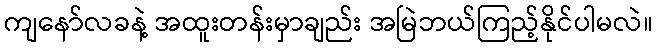
ကျနော်လခနဲ့ အထူးတန်းမှာချည်း အမြဲဘယ်ကြည့်နိုင်ပါမလဲ။